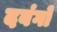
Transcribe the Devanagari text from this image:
दबंगों